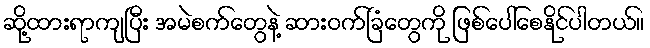
ဆို့ထားရာကျပြီး အမဲစက်တွေနဲ့ ဆားဝက်ခြံတွေကို ဖြစ်ပေါ်စေနိုင်ပါတယ်။